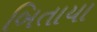
બિતાયા